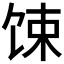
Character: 𫗧